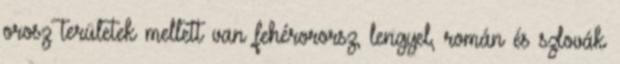
orosz területek mellett van fehérororsz, lengyel, román és szlovák